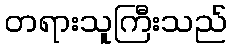
တရားသူကြီးသည်